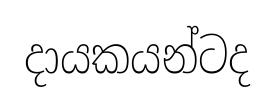
දායකයන්ටද